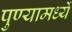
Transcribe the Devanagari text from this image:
पुण्यामध्यें